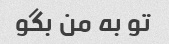
تو به من بگو